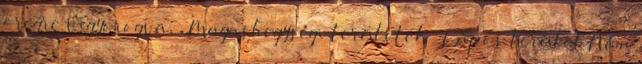
öregre vigyorogva. » Magashegységi területek » Lápos terület Nem